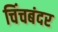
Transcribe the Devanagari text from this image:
चिंचबंदर